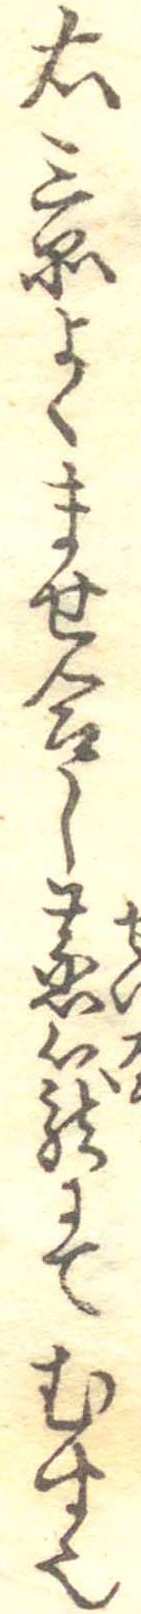
右三品よくませ合し蒸篭にてむす也